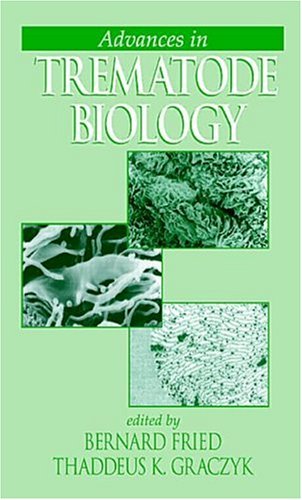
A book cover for Advances in Trematode Biology; Medical Books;